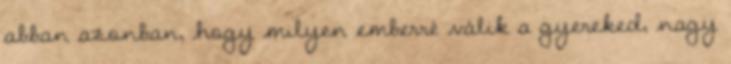
abban azonban, hogy milyen emberré válik a gyereked, nagy